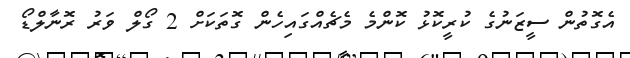
އެގޮތުން ސީޒަނުގެ ކުރީކޮޅު ކޮންމެ މެޗެއްގައިހެން ގޮތަކަށް 2 ގޯލް ވަރު ރޮނާލްޑޯ